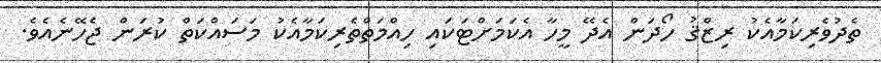
ތެދުވެރިކަމާއެކު ރިޒްޤު ހޯދަން އެދޭ މީހާ އެކަމަށްޓަކައި ހިއްމަތްތެރިކަމާއެކު މަސައްކަތް ކުރަން ޖެހޭނެއެވެ.